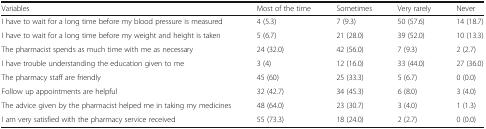
<table><thead><tr><td><b>Variables</b></td><td><b>Most of the time</b></td><td><b>Sometimes</b></td><td><b>Very rarely</b></td><td><b>Never</b></td></tr></thead><tbody><tr><td>I have to wait for a long time before my blood pressure is measured</td><td>4 (5.3)</td><td>7 (9.3)</td><td>50 (57.6)</td><td>14 (18.7)</td></tr><tr><td>I have to wait for a long time before my weight and height is taken</td><td>5 (6.7)</td><td>21 (28.0)</td><td>39 (52.0)</td><td>10 (13.3)</td></tr><tr><td>The pharmacist spends as much time with me as necessary</td><td>24 (32.0)</td><td>42 (56.0)</td><td>7 (9.3)</td><td>2 (2.7)</td></tr><tr><td>I have trouble understanding the education given to me</td><td>3 (4)</td><td>12 (16.0)</td><td>33 (44.0)</td><td>27 (36.0)</td></tr><tr><td>The pharmacy staff are friendly</td><td>45 (60)</td><td>25 (33.3)</td><td>5 (6.7)</td><td>0 (0.0)</td></tr><tr><td>Follow up appointments are helpful</td><td>32 (42.7)</td><td>34 (45.3)</td><td>6 (8.0)</td><td>3 (4.0)</td></tr><tr><td>The advice given by the pharmacist helped me in taking my medicines</td><td>48 (64.0)</td><td>23 (30.7)</td><td>3 (4.0)</td><td>1 (1.3)</td></tr><tr><td>I am very satisfied with the pharmacy service received</td><td>55 (73.3)</td><td>18 (24.0)</td><td>2 (2.7)</td><td>0 (0.0)</td></tr></tbody></table>